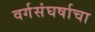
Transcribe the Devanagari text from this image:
वर्गसंघर्षाचा